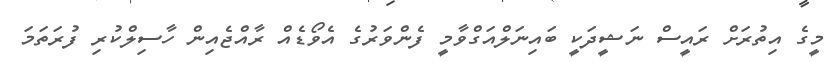
މީގެ އިތުރަށް ރައީސް ނަޝީދަކީ ބައިނަލްއަގްވާމީ ފެންވަރުގެ އެވޯޑެއް ރާއްޖެއިން ހާސިލްކުރި ފުރަތަމަ